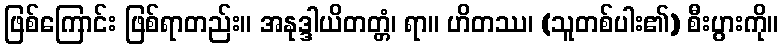
ဖြစ်ကြောင်း ဖြစ်ရာတည်း။ အနုဒ္ဒါယိတတ္တံ၊ ရာ။ ဟိတဿ၊ (သူတစ်ပါး၏) စီးပွားကို။